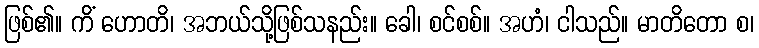
ဖြစ်၏။ ကိံ ဟောတိ၊ အဘယ်သို့ဖြစ်သနည်း။ ခေါ၊ စင်စစ်။ အဟံ၊ ငါသည်။ မာတိတော စ၊